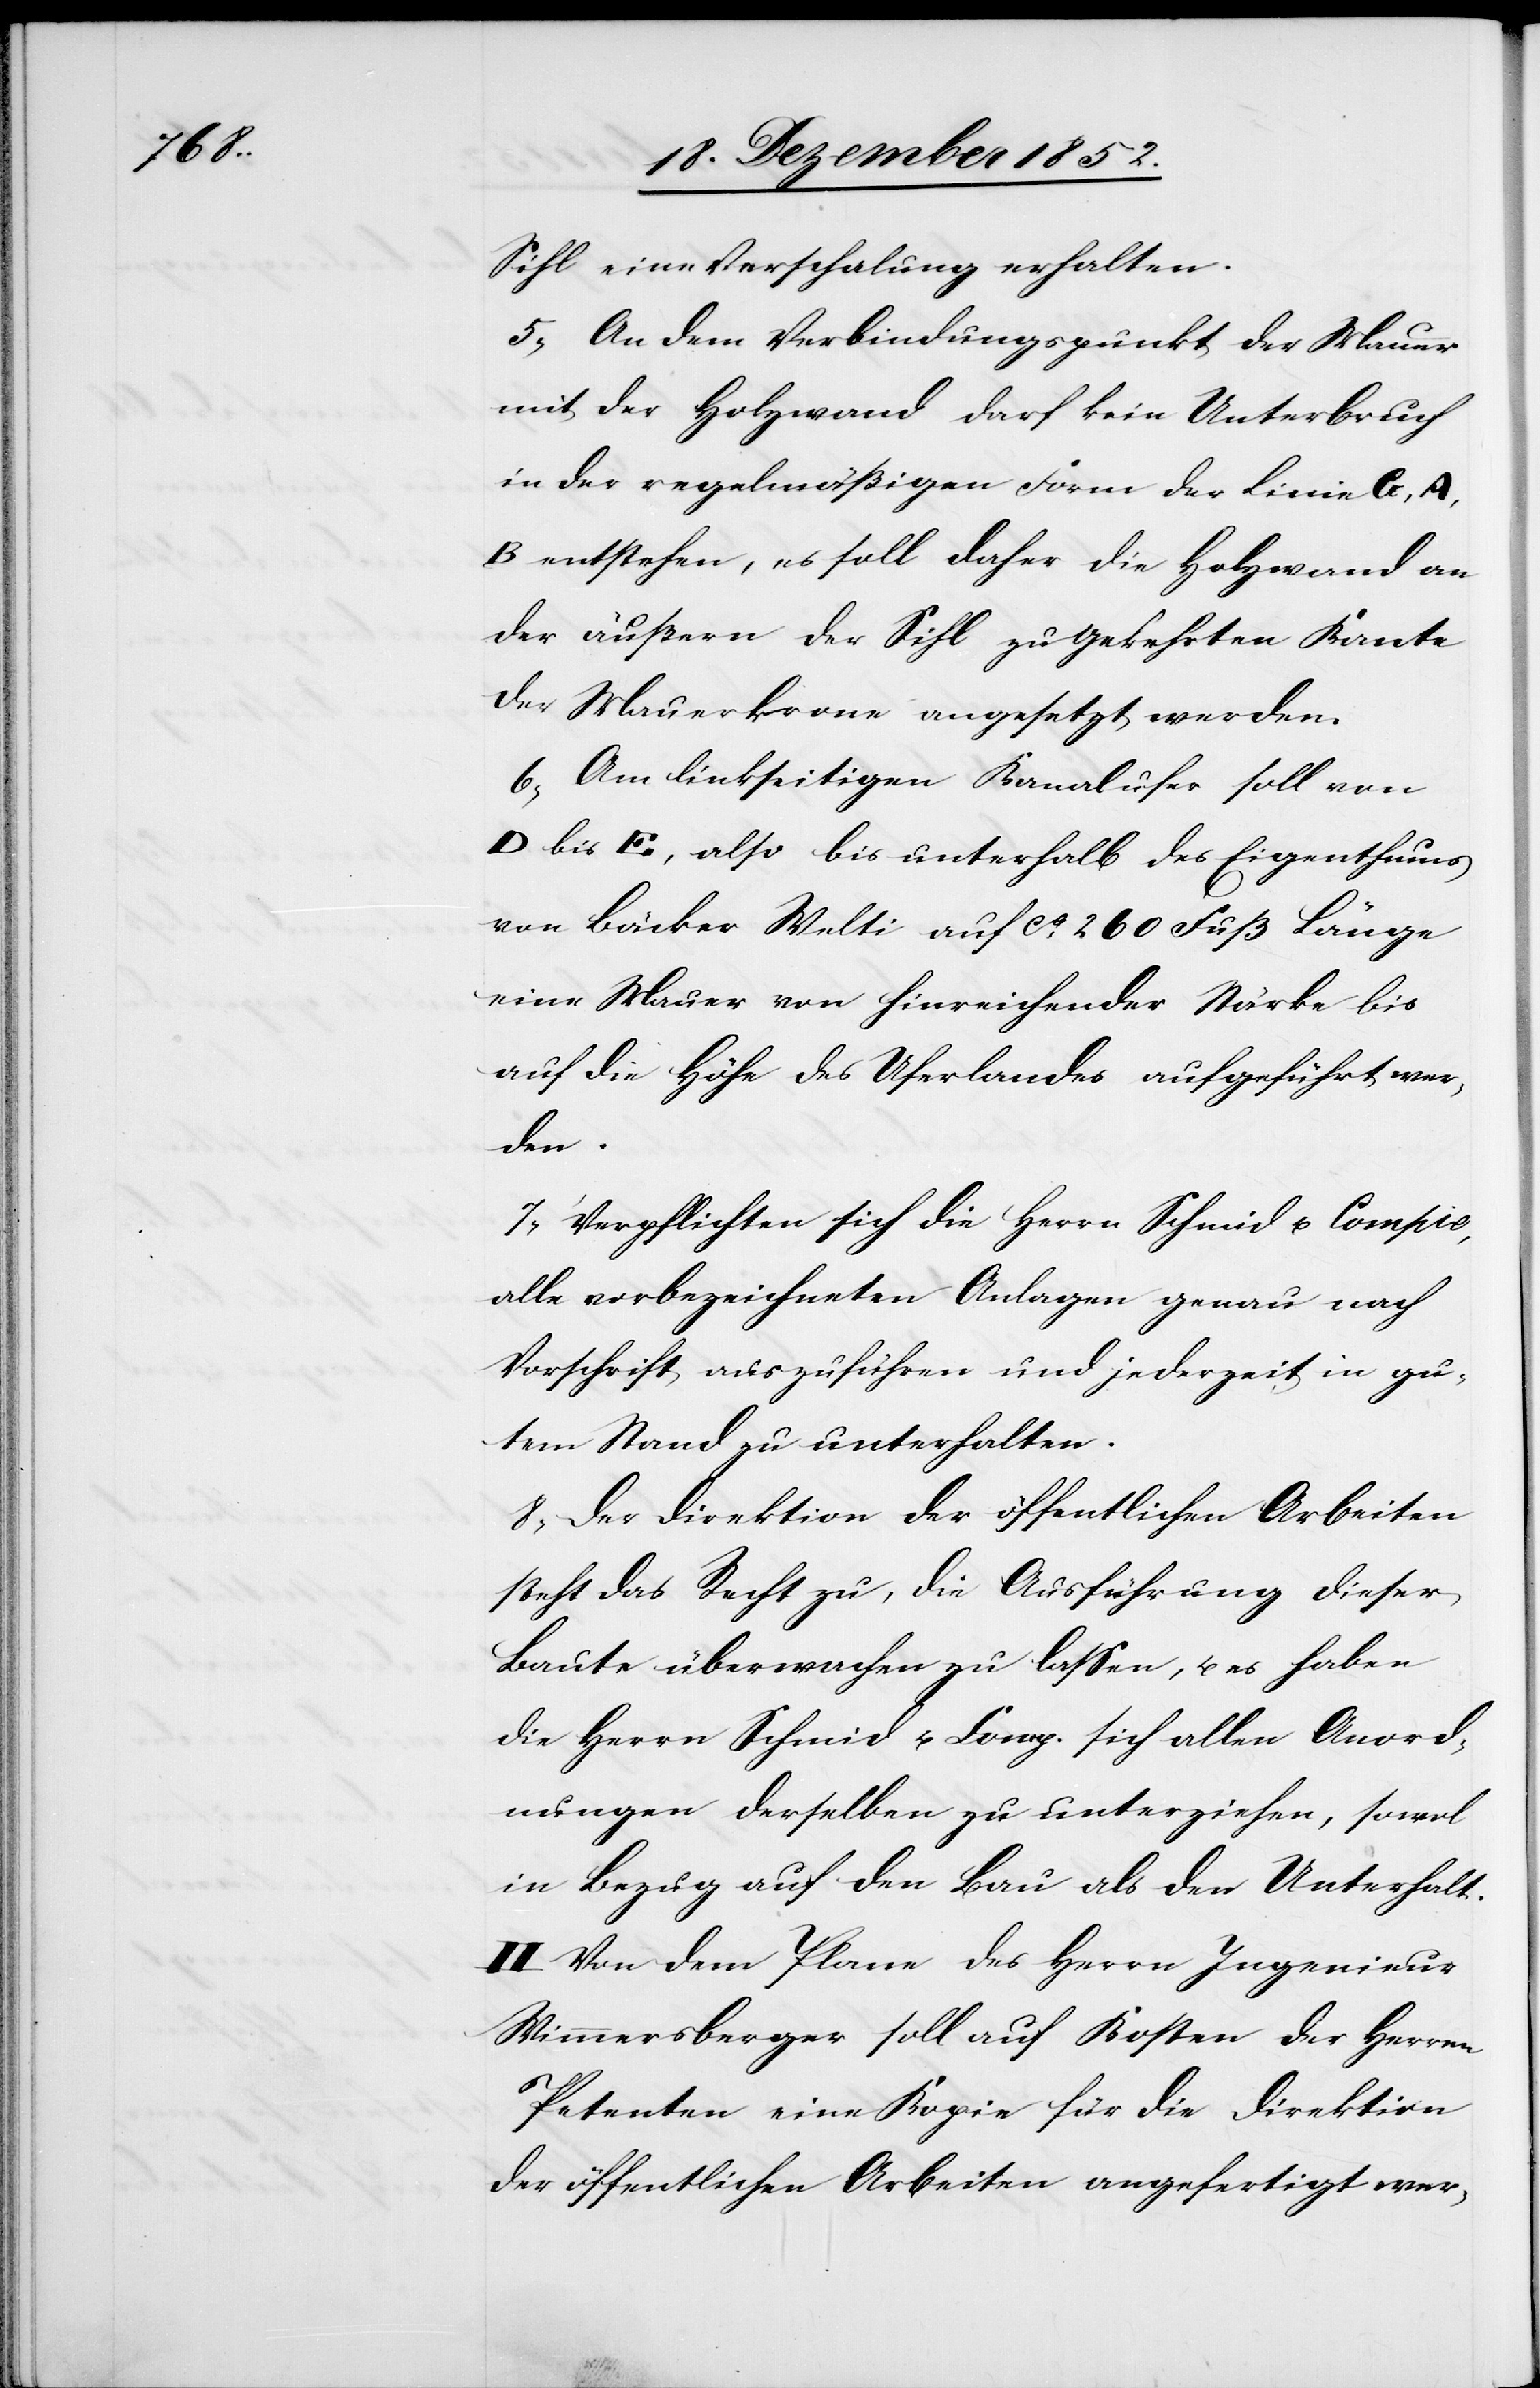
Sihl eine Verschalung erhalten.
5, An dem Verbindungspunkt der Mauer
mit der Holzwand darf kein Unterbruch
in der regelmäßigen Form der Linie G, A,
B entstehen, es soll daher die Holzwand an
der äußern der Sihl zugekehrten Kante
der Mauerkrone angesetzt werden.
6, Am linkseitigen Kanalufer soll von
D bis E, also bis unterhalb des Eigenthums
von Bäcker Welti auf ca. 260 Fuß Länge
eine Mauer von hinreichender Stärke bis
auf die Höhe des Uferlandes aufgeführt wer¬
den.
7, Verpflichten sich die Herrn Schmid u. Compie,
alle vorbezeichneten Anlagen genau nach
Vorschrift auszuführen und jederzeit in gu¬
tem Stand zu unterhalten.
8, Der Direktion der öffentlichen Arbeiten
steht das Recht zu, die Ausführung dieser
Baute überwachen zu lassen, u. es haben
die Herrn Schmid u. Comp. sich allen Anord¬
nungen derselben zu unterziehen, sowol
in Bezug auf den Bau als den Unterhalt.
II Von dem Plane des Herrn Ingenieur
Wimmersberger soll auf Kosten der Herren
Petenten eine Kopie für die Direktion
der öffentlichen Arbeiten angefertigt wer-